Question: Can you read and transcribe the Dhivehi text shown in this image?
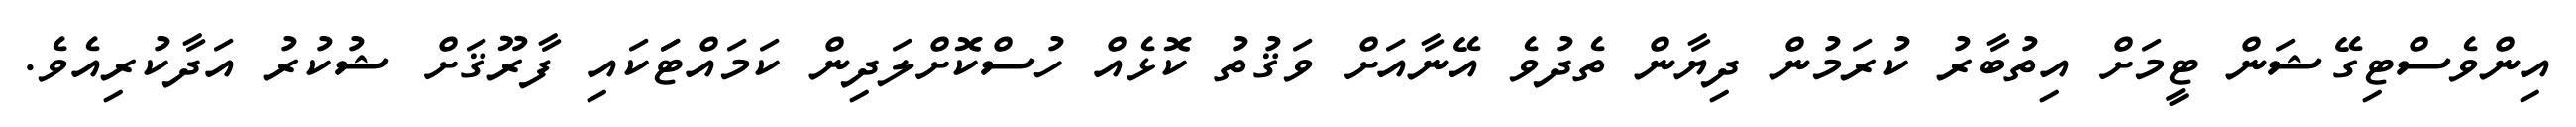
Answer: އިންވެސްޓިގޭޝަން ޓީމަށް އިތުބާރު ކުރަމުން ދިޔާން ތެދުވެ އޭނާއަށް ވަޤުތު ކޮޅެއް ހުސްކޮށްލަދިން ކަމައްޓަަކައި ފާރޫޤަށް ޝުކުރު އަދާކުރިއެވެ.